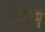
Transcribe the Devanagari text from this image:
लेगेन